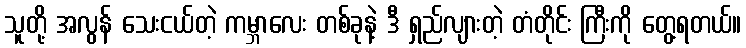
သူတို့ အလွန် သေးငယ်တဲ့ ကမ္ဘာလေး တစ်ခုနဲ့ ဒီ ရှည်လျားတဲ့ တံတိုင်း ကြီးကို တွေ့ရတယ်။